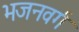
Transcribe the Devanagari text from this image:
भजनवर्ग